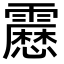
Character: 𩆝